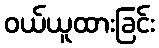
ဝယ်ယူထားခြင်း